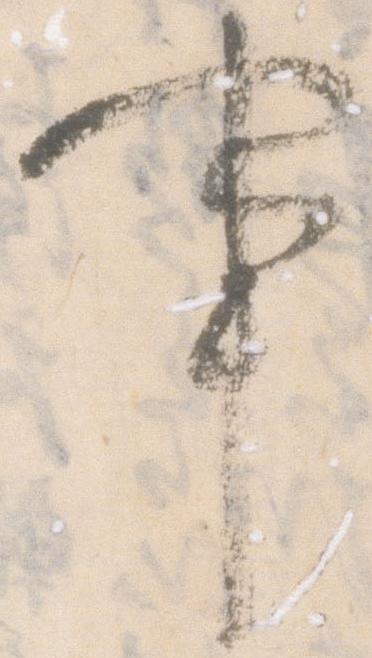
事